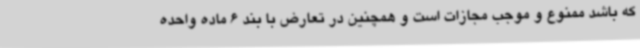
که باشد ممنوع و موجب مجازات است و همچنین در تعارض با بند 6 ماده واحده